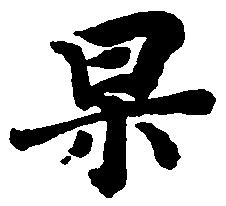
杲